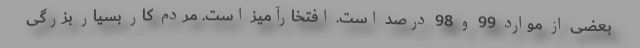
بعضی از موارد 99 و 98 درصد است. افتخارآمیز است. مردم کار بسیار بزرگی